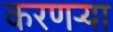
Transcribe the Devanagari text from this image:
करणर्‍या